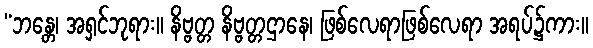
“ဘန္တေ၊ အရှင်ဘုရား။ နိဗ္ဗတ္တ နိဗ္ဗတ္တဌာနေ၊ ဖြစ်လေရာဖြစ်လေရာ အရပ်၌ကား။